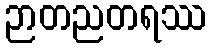
ဉာတညတရဿ